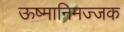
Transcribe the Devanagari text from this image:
ऊष्मानिमज्जक